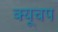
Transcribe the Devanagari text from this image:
क्यूचप